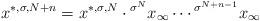
LaTeX: \begin{align*}x^{\ast,\sigma,N+n} = x^{\ast,\sigma,N}\cdot \prescript{\sigma^N}{}x_\infty\cdots \prescript{\sigma^{N+n-1}}{}x_\infty\end{align*}